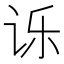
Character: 𮷇